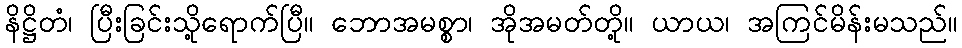
နိဋ္ဌိတံ၊ ပြီးခြင်းသို့ရောက်ပြီ။ ဘောအမစ္စာ၊ အိုအမတ်တို့။ ယာယ၊ အကြင်မိန်းမသည်။